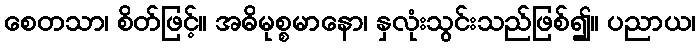
စေတသာ၊ စိတ်ဖြင့်။ အဓိမုစ္စမာနော၊ နှလုံးသွင်းသည်ဖြစ်၍။ ပညာယ၊